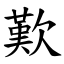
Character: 歎